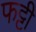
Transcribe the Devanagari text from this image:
फट्टी